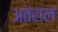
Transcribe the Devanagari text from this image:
अतंराल